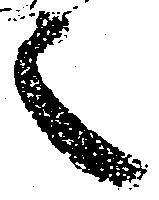
也